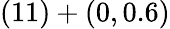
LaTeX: (11)+(0,0.6)